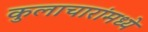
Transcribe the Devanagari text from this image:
कुलाचारांमध्ये